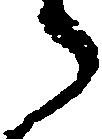
う